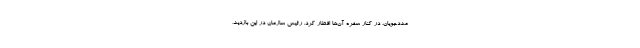
مددجویان، در کنار سفره آن‌ها افطار کرد. رئیس سازمان در این بازدید،